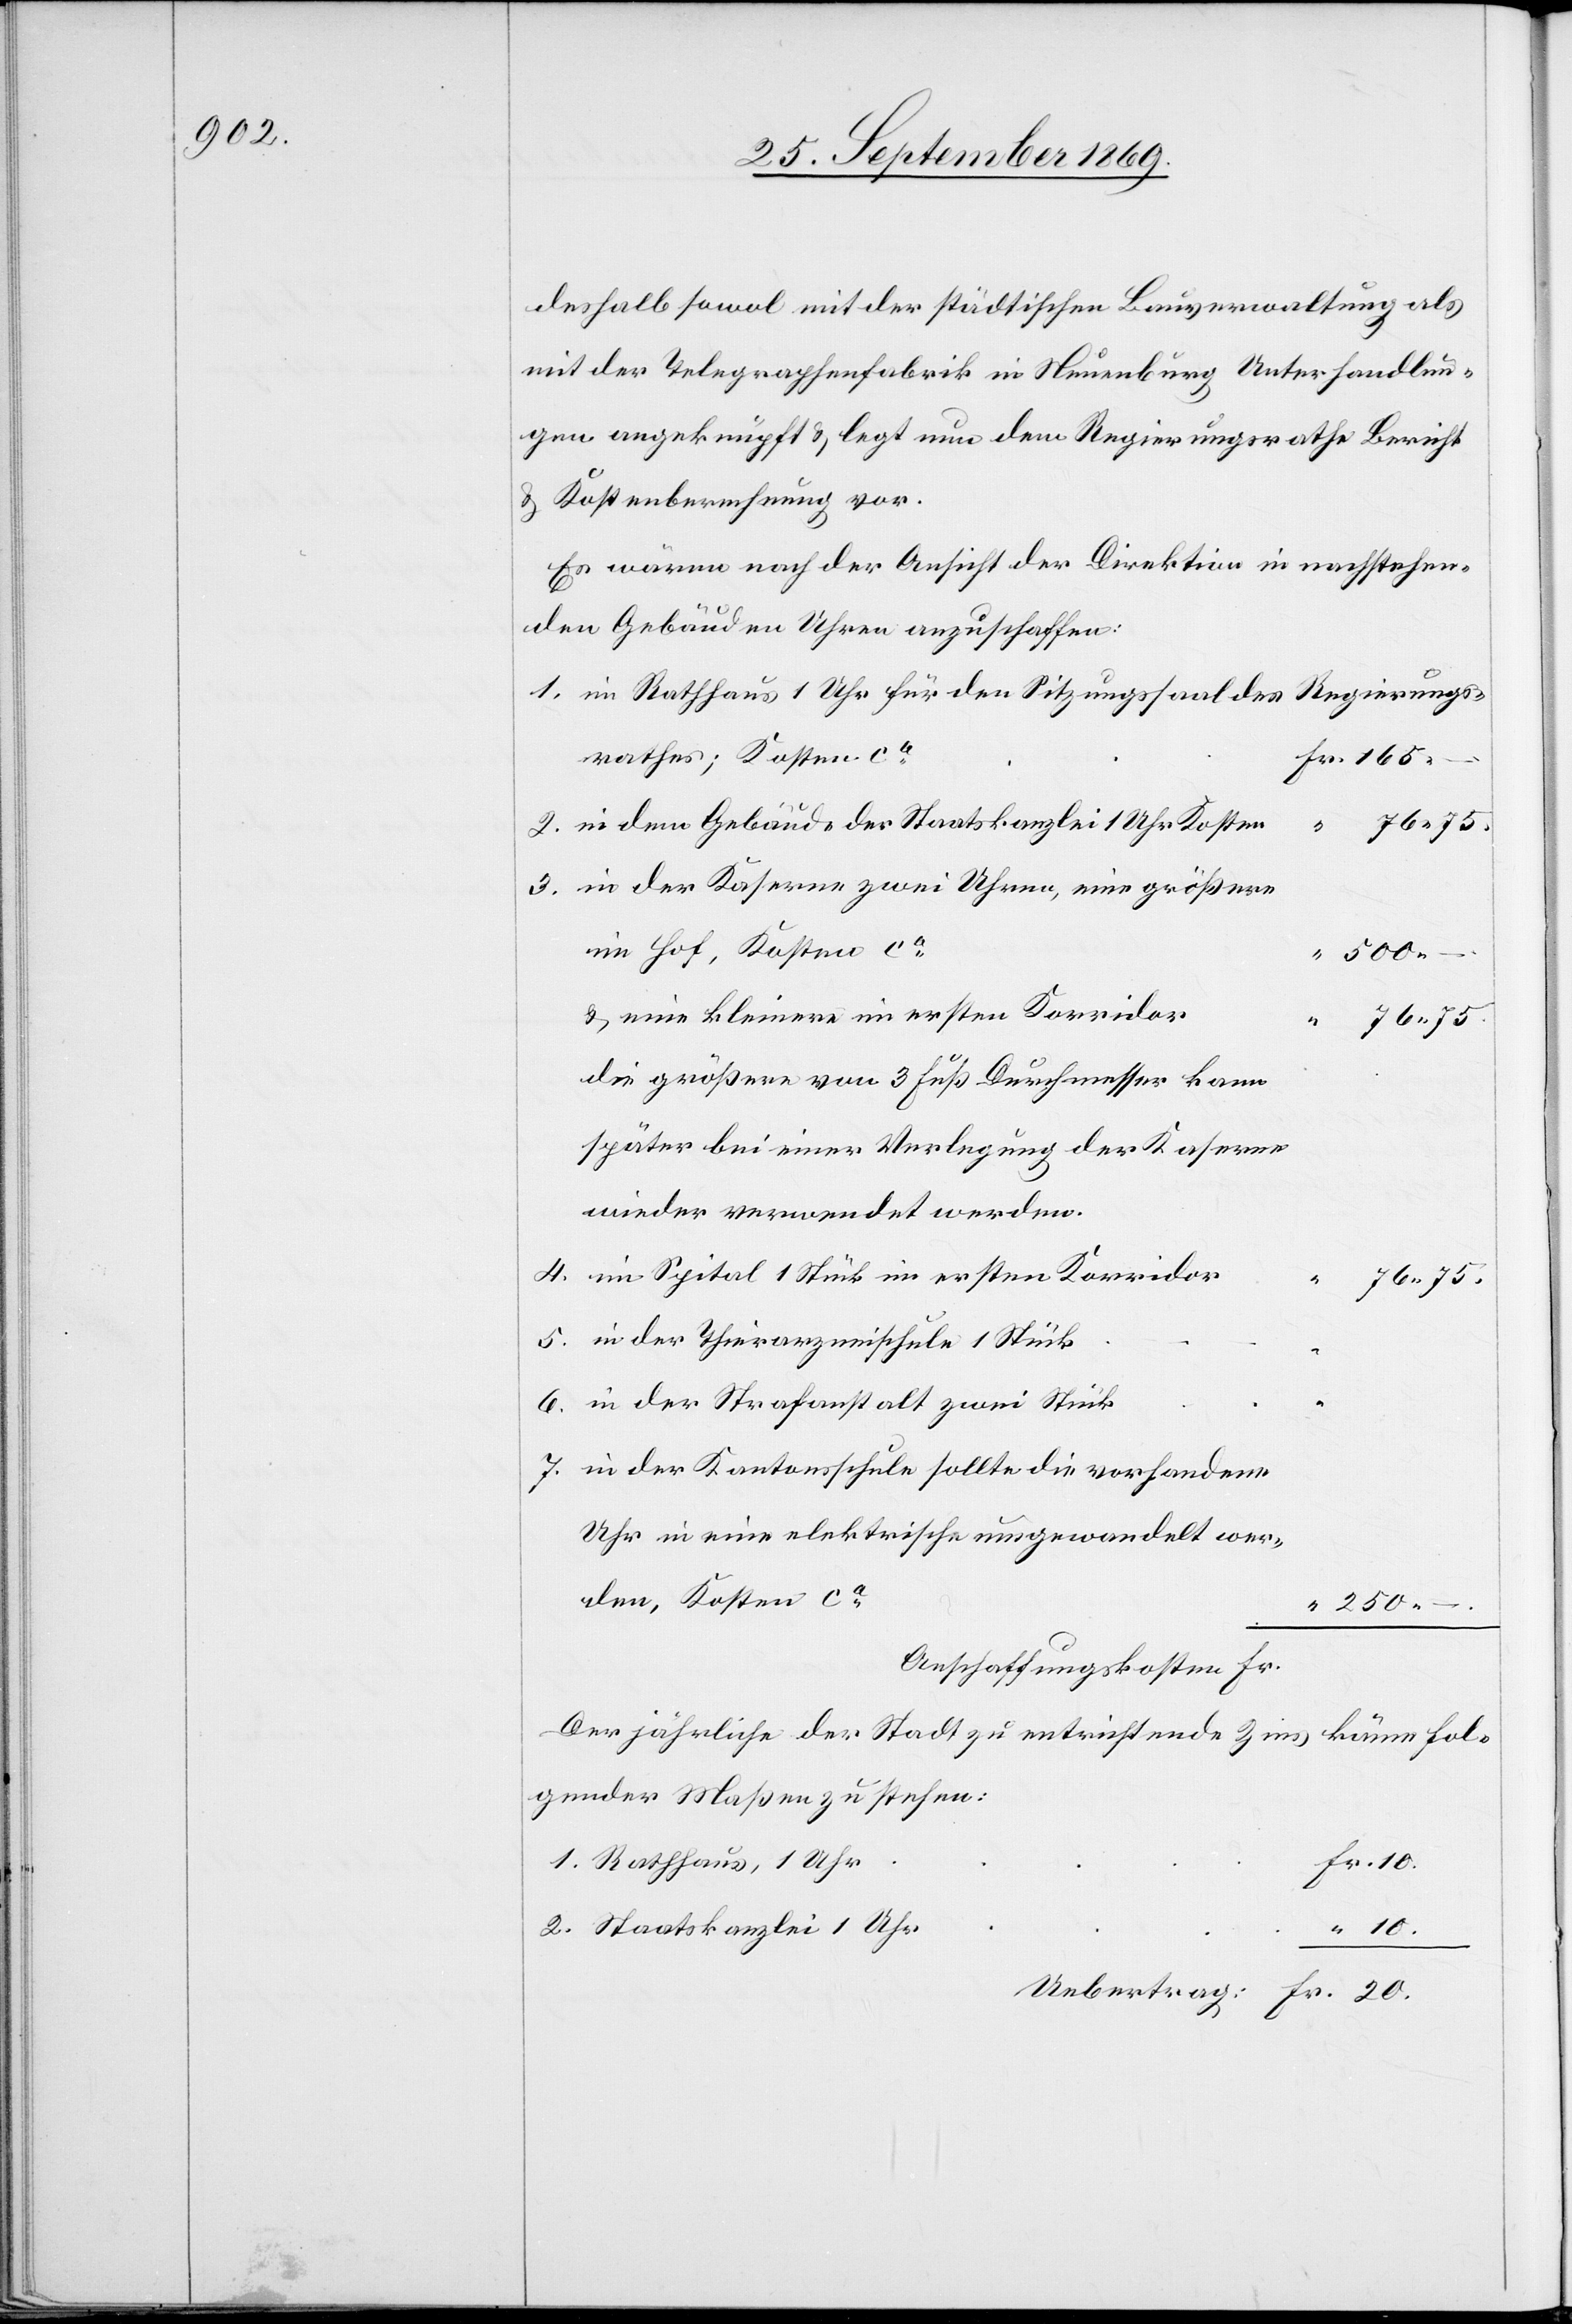
deshalb sowol mit der städtischen Bauverwaltung als
mit der Telegraphenfabrik in Neuenburg Unterhandlun¬
gen angeknüpft & legt nun dem Regierungsrathe Bericht
& Kostenberechnung vor.
Es wären nach der Ansicht der Direktion in nachstehen¬
den Gebäuden Uhren anzuschaffen:
im Rathhaus 1 Uhr für den Sitzungssaal des Regierungs¬
in dem Gebäude der Staatskanzlei 1 Uhr Kosten
…
in der Kaserne zwei Uhren, eine größere
im Hof, Kosten ca
“
500 –.
& eine kleinere im ersten Korridor
76 75.
2.
die größere von 3 Fuß Durchmesser kann
später bei einer Verlegung der Kaserne
wieder verwendet werden.
im Spital 1 Stück im ersten Korridor
“
76 75.
in der Thierarzneischule 1 Stück
in der Strafanstalt zwei Stück
in der Kantonsschule sollte die vorhandene
Uhr in eine elektrische umgewandelt wer¬
den, Kosten ca
250 –.
Anschaffungskosten
Der jährliche der Stadt zu entrichtende Zins käme fol¬
gender Maßen zu stehen:
Fr.
Staatskanzlei 1 Uhr
10.